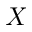
X